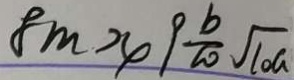
8 m > 4 9 \frac { b } { 2 0 } \sqrt { 1 0 a }